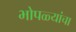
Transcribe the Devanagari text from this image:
भोपळ्यांचा